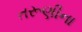
તરૂણીના